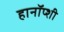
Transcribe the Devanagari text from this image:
हानॉप्शी